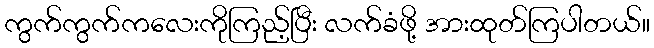
ကွက်ကွက်ကလေးကိုကြည့်ပြီး လက်ခံဖို့ အားထုတ်ကြပါတယ်။